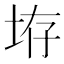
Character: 𪣋